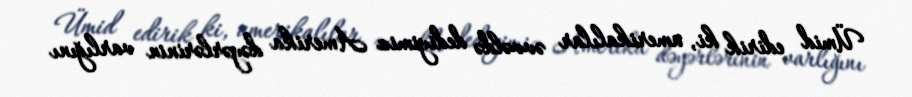
Ümid edirik ki, amerikalılar əvvəldə dediyimiz Amerika dəyərlərinin varlığını